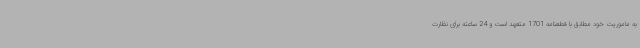
به ماموریت خود مطابق با قطعنامه 1701 متعهد است و 24 ساعته برای نظارت